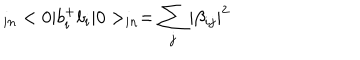
LaTeX: _ { i n } < 0 | b _ { i } ^ { + } b _ { i } | 0 > _ { i n } = \sum _ { j } | \beta _ { i j } | ^ { 2 }